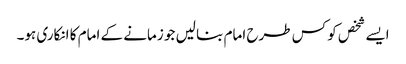
ایسے شخص کو کس طرح امام بنا لیں جو زمانے کے امام کا انکاری ہو۔